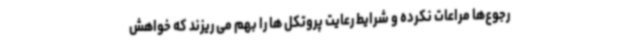
رجوع‌ها مراعات نکرده و شرایط رعایت پروتکل ها را بهم می ریزند که خواهش